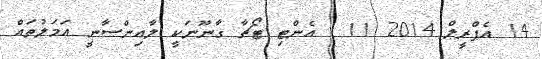
14 އެޕްރީލް 2014 11  އެންޓި ޓޯޗާ ގާނޫނަކީ ލާއިންސާނީ އަމަލުތައް